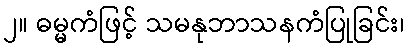
၂။ ဓမ္မကံဖြင့် သမနုဘာသနကံပြုခြင်း၊